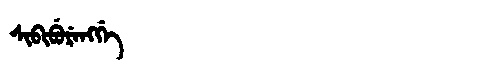
Manchu: ᠰᡳᠪᡳᠪᡠᡵᡝᠩᡤᡝ
Romanization: SIBIBURENGGE